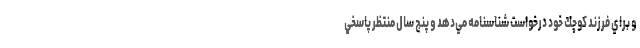
و براي فرزند كوچك خود درخواست شناسنامه مي‌دهد و پنج سال منتظر پاسخي